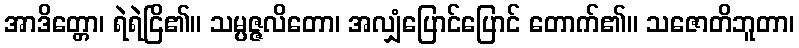
အာဒိတ္တော၊ ရဲရဲငြိ၏။ သမ္ပဇ္ဇလိတော၊ အလျှံပြောင်ပြောင် တောက်၏။ သဇောတိဘူတာ၊